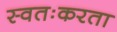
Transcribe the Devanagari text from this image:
स्वतःकरता